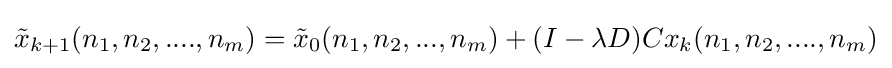
{\tilde {x}}_{k+1}(n_{1},n_{2},....,n_{m})={\tilde {x}}_{0}(n_{1},n_{2},...,n_{m})+(I-\lambda D)Cx_{k}(n_{1},n_{2},....,n_{m})